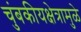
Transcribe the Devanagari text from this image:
चुंबकीयक्षेत्रामुळे